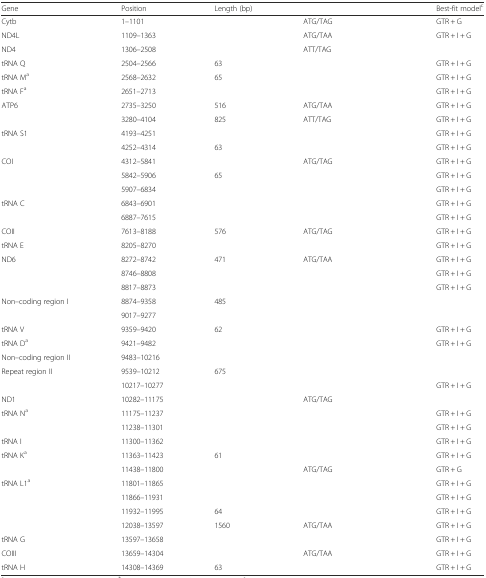
<table><thead><tr><td><b>Gene</b></td><td><b>Position</b></td><td><b>Length (bp)</b></td><td>[EMPTY_CELL]</td><td><b>Best-fit model<sup>c</sup></b></td></tr></thead><tbody><tr><td>Cytb</td><td>1–1101</td><td>[EMPTY_CELL]</td><td>ATG/TAG</td><td>GTR + G</td></tr><tr><td>ND4L</td><td>1109–1363</td><td>[EMPTY_CELL]</td><td>ATG/TAA</td><td>GTR + I + G</td></tr><tr><td>ND4</td><td>1306–2508</td><td>[EMPTY_CELL]</td><td>ATT/TAG</td><td>[EMPTY_CELL]</td></tr><tr><td>tRNA Q</td><td>2504–2566</td><td>63</td><td>[EMPTY_CELL]</td><td>GTR + I + G</td></tr><tr><td>tRNA M<sup>a</sup></td><td>2568–2632</td><td>65</td><td>[EMPTY_CELL]</td><td>GTR + I + G</td></tr><tr><td>tRNA F<sup>a</sup></td><td>2651–2713</td><td>[EMPTY_CELL]</td><td>[EMPTY_CELL]</td><td>GTR + I + G</td></tr><tr><td>ATP6</td><td>2735–3250</td><td>516</td><td>ATG/TAA</td><td>GTR + I + G</td></tr><tr><td>[EMPTY_CELL]</td><td>3280–4104</td><td>825</td><td>ATT/TAG</td><td>GTR + I + G</td></tr><tr><td>tRNA S1</td><td>4193–4251</td><td>[EMPTY_CELL]</td><td>[EMPTY_CELL]</td><td>GTR + I + G</td></tr><tr><td>[EMPTY_CELL]</td><td>4252–4314</td><td>63</td><td>[EMPTY_CELL]</td><td>GTR + I + G</td></tr><tr><td>COI</td><td>4312–5841</td><td>[EMPTY_CELL]</td><td>ATG/TAG</td><td>GTR + I + G</td></tr><tr><td>[EMPTY_CELL]</td><td>5842–5906</td><td>65</td><td>[EMPTY_CELL]</td><td>GTR + I + G</td></tr><tr><td>[EMPTY_CELL]</td><td>5907–6834</td><td>[EMPTY_CELL]</td><td>[EMPTY_CELL]</td><td>GTR + I + G</td></tr><tr><td>tRNA C</td><td>6843–6901</td><td>[EMPTY_CELL]</td><td>[EMPTY_CELL]</td><td>GTR + I + G</td></tr><tr><td>[EMPTY_CELL]</td><td>6887–7615</td><td>[EMPTY_CELL]</td><td>[EMPTY_CELL]</td><td>GTR + I + G</td></tr><tr><td>COII</td><td>7613–8188</td><td>576</td><td>ATG/TAG</td><td>GTR + I + G</td></tr><tr><td>tRNA E</td><td>8205–8270</td><td>[EMPTY_CELL]</td><td>[EMPTY_CELL]</td><td>GTR + I + G</td></tr><tr><td>ND6</td><td>8272–8742</td><td>471</td><td>ATG/TAA</td><td>GTR + I + G</td></tr><tr><td>[EMPTY_CELL]</td><td>8746–8808</td><td>[EMPTY_CELL]</td><td>[EMPTY_CELL]</td><td>GTR + I + G</td></tr><tr><td>[EMPTY_CELL]</td><td>8817–8873</td><td>[EMPTY_CELL]</td><td>[EMPTY_CELL]</td><td>GTR + I + G</td></tr><tr><td>Non–coding region I</td><td>8874–9358</td><td>485</td><td>[EMPTY_CELL]</td><td>[EMPTY_CELL]</td></tr><tr><td>[EMPTY_CELL]</td><td>9017–9277</td><td>[EMPTY_CELL]</td><td>[EMPTY_CELL]</td><td>[EMPTY_CELL]</td></tr><tr><td>tRNA V</td><td>9359–9420</td><td>62</td><td>[EMPTY_CELL]</td><td>GTR + I + G</td></tr><tr><td>tRNA D<sup>a</sup></td><td>9421–9482</td><td>[EMPTY_CELL]</td><td>[EMPTY_CELL]</td><td>GTR + I + G</td></tr><tr><td>Non–coding region II</td><td>9483–10216</td><td>[EMPTY_CELL]</td><td>[EMPTY_CELL]</td><td>[EMPTY_CELL]</td></tr><tr><td>Repeat region II</td><td>9539–10212</td><td>675</td><td>[EMPTY_CELL]</td><td>[EMPTY_CELL]</td></tr><tr><td>[EMPTY_CELL]</td><td>10217–10277</td><td>[EMPTY_CELL]</td><td>[EMPTY_CELL]</td><td>GTR + I + G</td></tr><tr><td>ND1</td><td>10282–11175</td><td>[EMPTY_CELL]</td><td>ATG/TAG</td><td>[EMPTY_CELL]</td></tr><tr><td>tRNA N<sup>a</sup></td><td>11175–11237</td><td>[EMPTY_CELL]</td><td>[EMPTY_CELL]</td><td>GTR + I + G</td></tr><tr><td>[EMPTY_CELL]</td><td>11238–11301</td><td>[EMPTY_CELL]</td><td>[EMPTY_CELL]</td><td>GTR + I + G</td></tr><tr><td>tRNA I</td><td>11300–11362</td><td>[EMPTY_CELL]</td><td>[EMPTY_CELL]</td><td>GTR + I + G</td></tr><tr><td>tRNA K<sup>a</sup></td><td>11363–11423</td><td>61</td><td>[EMPTY_CELL]</td><td>GTR + I + G</td></tr><tr><td>[EMPTY_CELL]</td><td>11438–11800</td><td>[EMPTY_CELL]</td><td>ATG/TAG</td><td>GTR + G</td></tr><tr><td>tRNA L1<sup>a</sup></td><td>11801–11865</td><td>[EMPTY_CELL]</td><td>[EMPTY_CELL]</td><td>GTR + I + G</td></tr><tr><td>[EMPTY_CELL]</td><td>11866–11931</td><td>[EMPTY_CELL]</td><td>[EMPTY_CELL]</td><td>GTR + I + G</td></tr><tr><td>[EMPTY_CELL]</td><td>11932–11995</td><td>64</td><td>[EMPTY_CELL]</td><td>GTR + I + G</td></tr><tr><td>[EMPTY_CELL]</td><td>12038–13597</td><td>1560</td><td>ATG/TAA</td><td>GTR + I + G</td></tr><tr><td>tRNA G</td><td>13597–13658</td><td>[EMPTY_CELL]</td><td>[EMPTY_CELL]</td><td>GTR + I + G</td></tr><tr><td>COIII</td><td>13659–14304</td><td>[EMPTY_CELL]</td><td>ATG/TAA</td><td>GTR + I + G</td></tr><tr><td>tRNA H</td><td>14308–14369</td><td>63</td><td>[EMPTY_CELL]</td><td>GTR + I + G</td></tr></tbody></table>